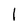
Character: l